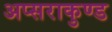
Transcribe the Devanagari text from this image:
अप्सराकुण्ड